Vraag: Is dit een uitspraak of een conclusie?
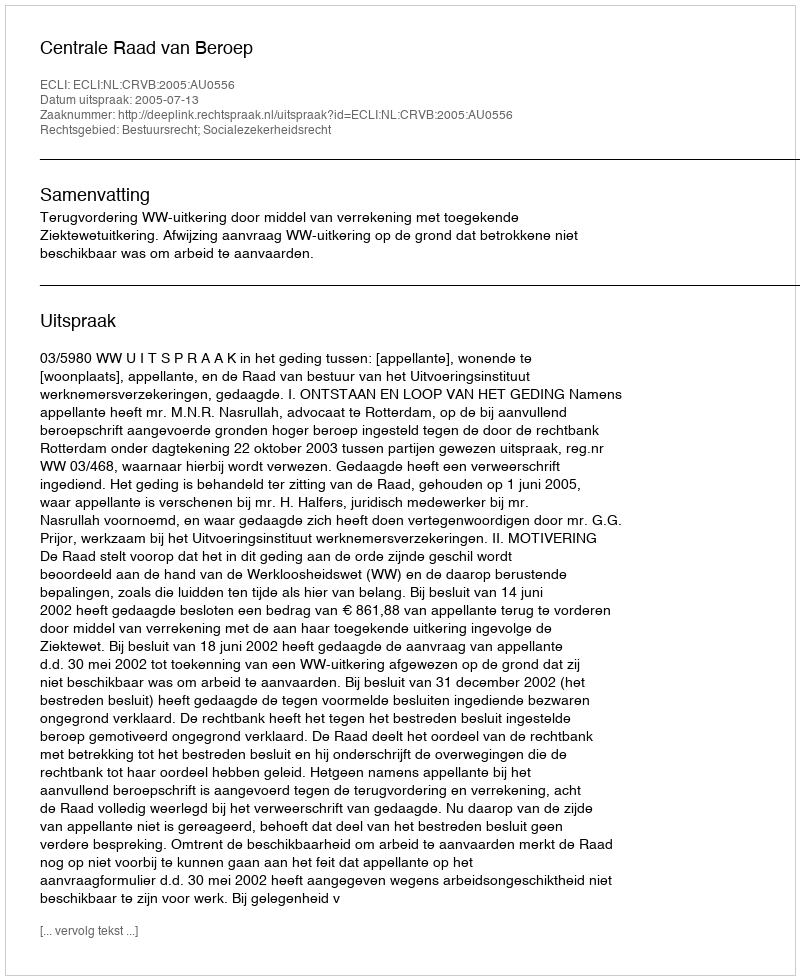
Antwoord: Uitspraak